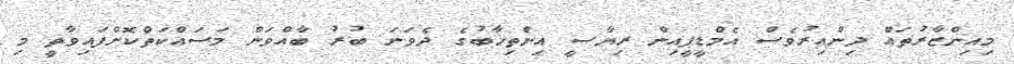
މިއިންޒާރުތައް ދިންއިރުވެސް އެމްޑީޕީއިން ރިޔާސީ އިންތިޚާބުގެ ދެވަނަ ބުރު ބާއްވަން މަސައްކަތްކޮށްފައިވާތީ މި